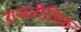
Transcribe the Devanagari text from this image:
राजऩीतिक